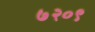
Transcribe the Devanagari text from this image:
७२०९